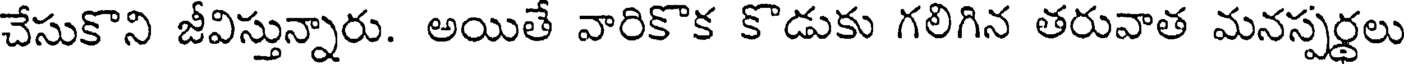
చేసుకొని జీవిస్తున్నారు. అయితే వారికొక కొడుకు గలిగిన తరువాత మనస్పర్థలు